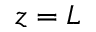
z = L